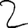
Digit: 2